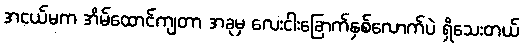
အငယ်မက အိမ်ထောင်ကျတာ အခုမှ လေးငါးခြောက်နှစ်လောက်ပဲ ရှိသေးတယ်